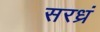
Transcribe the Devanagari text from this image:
सरध्रं